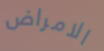
الامراض